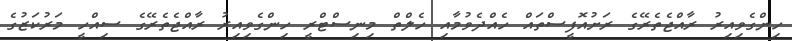
ހިންގެވިއިރު ރާއްޖެތެރޭގެ ރަށުއޮފީސްތައް ހެއްދެވުމާއި ހެލްތް މިނިސްޓްރީ ހިންގެވިއިރު ރާއްޖެތެރޭގެ ސިއްހީ މަރުކަޒުގެ